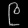
Digit: ၉